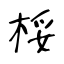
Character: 桵